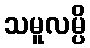
သမူလမ္ပိ